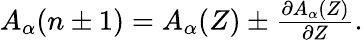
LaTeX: \begin{array}{r}{A_{\alpha}(n\pm 1)=A_{\alpha}(Z)\pm\frac{\partial A_{\alpha}(Z)}{\partial Z}.}\end{array}